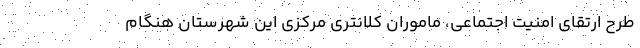
طرح ارتقای امنیت اجتماعی، ماموران کلانتری مرکزی این شهرستان هنگام